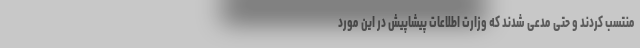
منتسب کردند و حتی مدعی شدند که وزارت اطلاعات پیشاپیش در این مورد